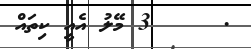
.     3 މޭލު އެއީ ކިތައް